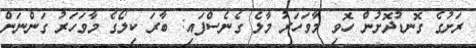
ރަށުގެ ގޮނޑުދޮށުން ހޮވި މާވަހަރު މާލެ ގެނެސްފައި: ބާރަ ކިލޯގެ މާވަހަރު ގަންނަން